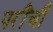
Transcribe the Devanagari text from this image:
परींची